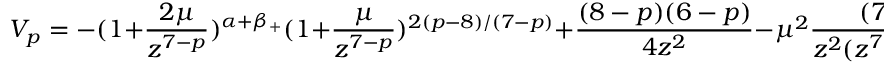
V _ { p } = - ( 1 + \frac { 2 \mu } { z ^ { 7 - p } } ) ^ { \alpha + \beta _ { + } } ( 1 + \frac { \mu } { z ^ { 7 - p } } ) ^ { 2 ( p - 8 ) / ( 7 - p ) } + \frac { ( 8 - p ) ( 6 - p ) } { 4 z ^ { 2 } } - \mu ^ { 2 } \frac { ( 7 - p ) ^ { 2 } } { z ^ { 2 } ( z ^ { 7 - p } + 2 \mu ) ^ { 2 } }